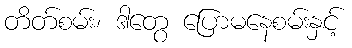
တိတ်စမ်း၊ ဒါတွေ ပြောမနေစမ်းနှင့်